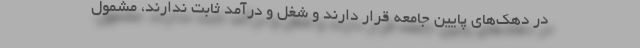
در دهک‌های پایین جامعه قرار دارند و شغل و درآمد ثابت ندارند، مشمول